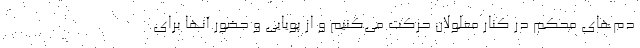
دم‌های محکم در کنار معلولان حرکت می‌کنیم و از پویایی و حضور آنها برای